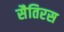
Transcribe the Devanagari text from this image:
सैतिरस